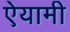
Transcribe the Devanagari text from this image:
ऐयामी